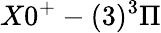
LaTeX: X0^{+}-(3)^{3}\Pi